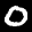
Label: 0